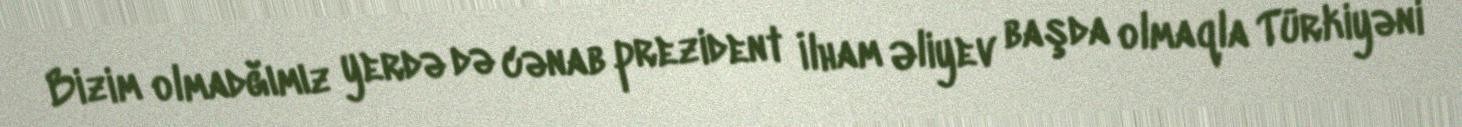
Bizim olmadğımız yerdə də cənab prezident İlham Əliyev başda olmaqla Türkiyəni